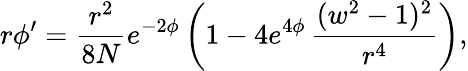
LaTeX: r\phi^{\prime}=\frac{r^{2}}{8N}e^{-2\phi}\left(1-4e^{4\phi}\, \frac{(w^{2}-1)^{2}}{r^{4}}\right),